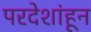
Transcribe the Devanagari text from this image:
परदेशांहून